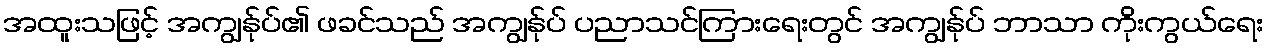
အထူးသဖြင့် အကျွန်ုပ်၏ ဖခင်သည် အကျွန်ုပ် ပညာသင်ကြားရေးတွင် အကျွန်ုပ် ဘာသာ ကိုးကွယ်ရေး